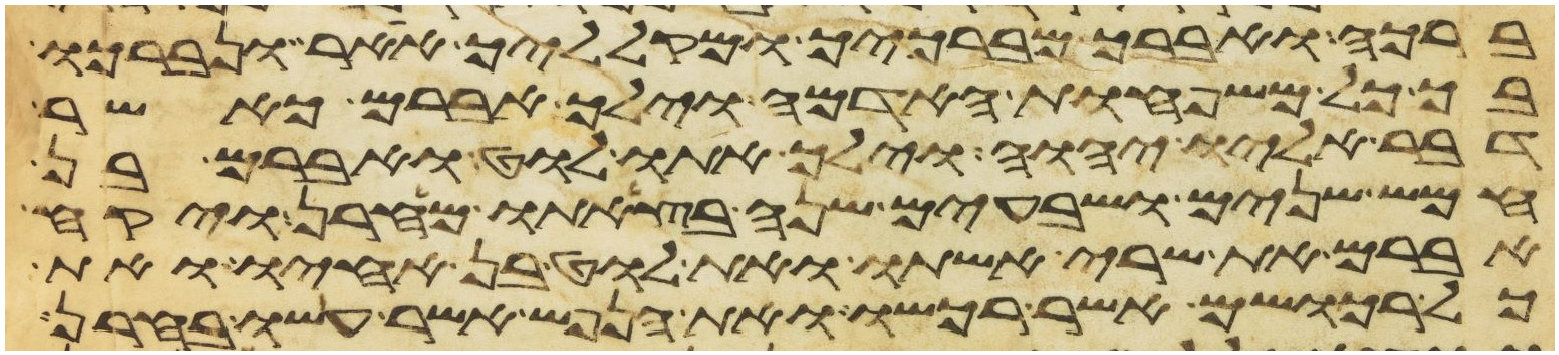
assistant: ברכה ואברך מברכיך ומקלליך אאר ונברכו
בך כל משפחות האדמה וילך אברם כאשר
דבר אליו יהוה וילך אתו לוט ואברם בן
חמש שנים ושבעים שנה בצאתו מחרן ויקח
אברם את שרי אשתו ואת לוט בן אחיו ואת
כל רכושם אשר רכשו ואת הנפש אשר עשו בחרן